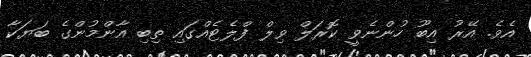
އެވެ. އޭރު އިބޫ ހުންނެވީ ކޮރަލް ވިލް ފްލެޓެއްގައި ތިބި އާންމުންގެ ބަޔަކާ